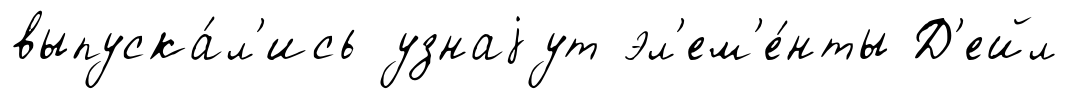
выпуска́л'ись узнаjут эл'ем'е́нты Д'ейл